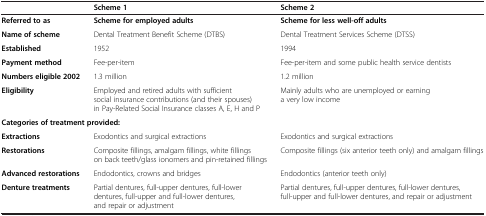
|  | Scheme 1 | Scheme 2 |
 | --- | --- | --- |
 | Referred to as | Scheme for employed adults | Scheme for less well-off adults |
 | Name of scheme | Dental Treatment Benefit Scheme (DTBS) | Dental Treatment Services Scheme (DTSS) |
 | Established | 1952 | 1994 |
 | Payment method | Fee-per-item | Fee-per-item and some public health service dentists |
 | Numbers eligible 2002 | 1.3 million | 1.2 million |
 | Eligibility | Employed and retired adults with sufficient social insurance contributions (and their spouses) in Pay-Related Social Insurance classes A, E, H and P | Mainly adults who are unemployed or earning a very low income |
 | <COLSPAN=3> Categories of treatment provided: |
 | Extractions | Exodontics and surgical extractions | Exodontics and surgical extractions |
 | Restorations | Composite fillings, amalgam fillings, white fillings on back teeth/glass ionomers and pin-retained fillings | Composite fillings (six anterior teeth only) and amalgam fillings |
 | Advanced restorations | Endodontics, crowns and bridges | Endodontics (anterior teeth only) |
 | Denture treatments | Partial dentures, full-upper dentures, full-lower dentures, full-upper and full-lower dentures, and repair or adjustment | Partial dentures, full-upper dentures, full-lower dentures, full-upper and full-lower dentures, and repair or adjustment |